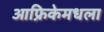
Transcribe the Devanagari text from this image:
आफ्रिकेमधला